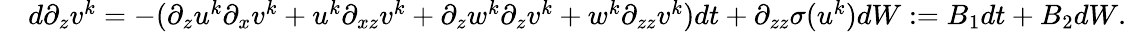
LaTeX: \begin{array}{rl}&{d\partial_{z}v^{k}=-(\partial_{z}u^{k}\partial_{x}v^{k}+u^{k}\partial_{xz}v^{k}+\partial_{z}w^{k}\partial_{z}v^{k}+w^{k}\partial_{zz}v^{k})dt+\partial_{zz}\sigma(u^{k})dW:=B_{1}dt+B_{2}dW.}\end{array}